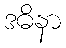
ဒဓိနာ